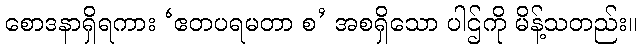
စောဒနာရှိရကား ‘ဧတပရမတာ စ’ အစရှိသော ပါဌ်ကို မိန့်သတည်း။